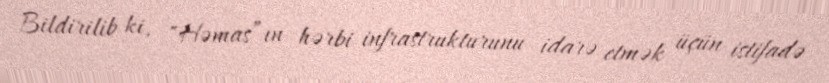
Bildirilib ki, "Həmas”ın hərbi infrastrukturunu idarə etmək üçün istifadə